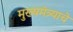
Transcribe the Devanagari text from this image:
मुख्यमंत्र्याचे